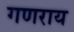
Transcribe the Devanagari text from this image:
गणराय